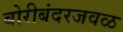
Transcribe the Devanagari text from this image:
बोरीबंदरजवळ